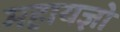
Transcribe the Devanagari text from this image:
महायज्ञो